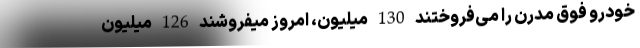
خودرو فوق مُدرن را می‌فروختند 130 میلیون، امروز میفروشند 126 میلیون